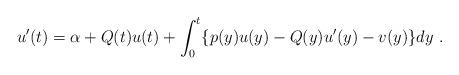
LaTeX: \begin{align*}u'(t)=\alpha+Q(t)u(t)+\int_0^t\{p(y)u(y)-Q(y)u'(y)-v(y)\}dy\ .\end{align*}